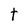
Character: t